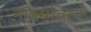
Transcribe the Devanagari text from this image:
नॉक्सविल्ले